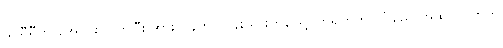
ခင်ရီရီက အော်ပစ်လိုက်ပြီး အားကုန်ကာ ပန်းသွားဟန်ဖြင့် ဘရိုကိတ် လုံချည် အထပ်လိုက်ကို